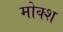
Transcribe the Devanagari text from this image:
मोक्श